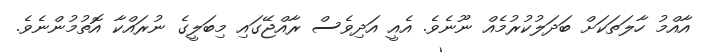
އާއްމު ހާލަތަކަށް ބަދަލުކުރުމެއް ނޫނެވެ. އެއީ އަދިވެސް ރާއްޖޭގައި މިބަލީގެ ނުރައްކާ އޮތުމުންނެވެ.